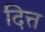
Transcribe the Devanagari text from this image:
दित्त